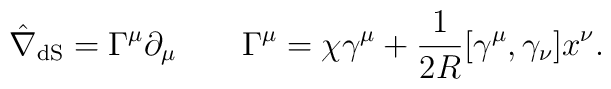
\hat{\nabla}_{\rm dS}=\Gamma ^{\mu}\partial _{\mu} \qquad \Gamma ^{\mu}=\chi  \gamma ^{\mu}+\frac{1}{2R} [\gamma ^{\mu}, \gamma _{\nu}]x^{\nu}.